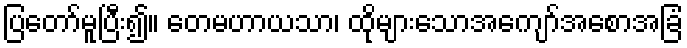
ပြတော်မူပြီး၍။ တေမဟာယသာ၊ ထိုများသောအကျော်အစောအခြံ